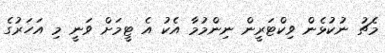
މެޗު ނުކުޅެން ވިކްޓަރީން ނިންމުމާ އެކު އެ ޓީމަށް ވަނީ މި އަހަރުގެ